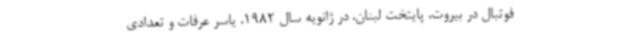
فوتبال در بیروت، پایتخت لبنان، در ژانویه سال 1982، یاسر عرفات و تعدادی